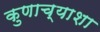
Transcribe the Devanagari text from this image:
कुणाच्याशा